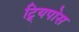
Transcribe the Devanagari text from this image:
ट्र्यिपोस